Vaccination in Bombay 1863-1868 - 1863-1868
Year: 1863
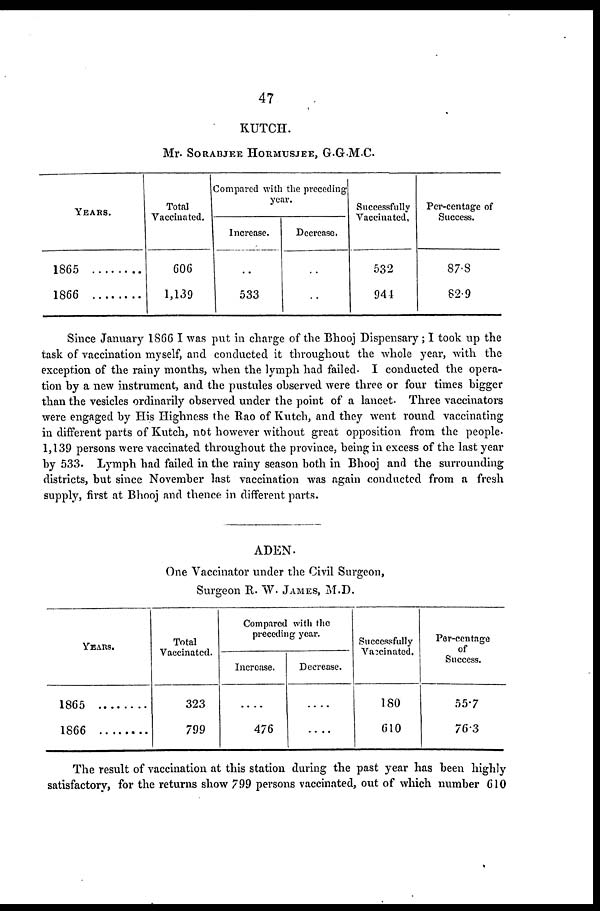
47
KUTCH.
Mr. SORABJEE HORMUSJEE, G.G.M.C.
YEARS.
1865 . . . . . . . .
1866 . . . . . . . .
Total
Vaccinated.
606
1,139
Compared with the preceding
year.
Increase.
..
533
Decrease.
..
..
Successfully
Vaccinated,
532
944
Per-centage of
Success.
87.8
82.9
Since January 1866 I was put in charge of the Bhooj Dispensary; I took up the
task of vaccination myself, and conducted it throughout the whole year, with the
exception of the rainy months, when the lymph had failed. I conducted the opera-
tion by a new instrument, and the pustules observed were three or four times bigger
than the vesicles ordinarily observed under the point of a lancet. Three vaccinators
were engaged by His Highness the Rao of Kutch, and they went round vaccinating
in different parts of Kutch, not however without great opposition from the people.
1,139 persons were vaccinated throughout the province, being in excess of the last year
by 533. Lymph had failed in the rainy season both in Bhooj and the surrounding
districts, but since November last vaccination was again conducted from a fresh
supply, first at Bhooj and thence in different parts.
ADEN.
One Vaccinator under the Civil Surgeon,
Surgeon R. W. JAMES, M.D.
YEARS.
1865
1866
Total
Vaccinated.
323
799
Compared with the
preceding year.
Increase.
....
476
Decrease.
....
....
Successfully
Vaccinated.
180
610
Per-centage
of
Success.
55.7
76.3
The result of vaccination at this station during the past year has been highly
satisfactory, for the returns show 799 persons vaccinated, out of which number 610